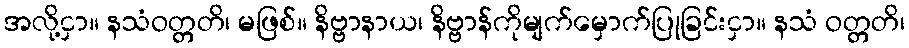
အလို့ငှာ။ နသံဝတ္တတိ၊ မဖြစ်။ နိဗ္ဗာနာယ၊ နိဗ္ဗာန်ကိုမျက်မှောက်ပြုခြင်းငှာ။ နသံ ဝတ္တတိ၊